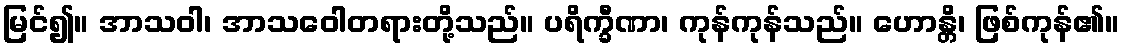
မြင်၍။ အာသဝါ၊ အာသဝေါတရားတို့သည်။ ပရိက္ခီဏာ၊ ကုန်ကုန်သည်။ ဟောန္တိ၊ ဖြစ်ကုန်၏။